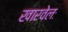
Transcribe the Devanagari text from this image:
खारवेलः